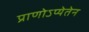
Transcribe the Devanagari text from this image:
प्राणोऽप्येतेन